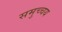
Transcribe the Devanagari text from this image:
समुच्‍चय